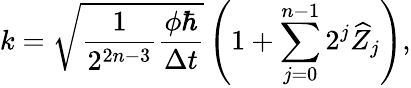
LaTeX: k=\sqrt{\frac{1}{2^{2n-3}}\frac{\phi\hbar}{\Delta t}}\left(1+\sum_{j=0}^{n-1}2^{j}\widehat{Z}_{j}\right),